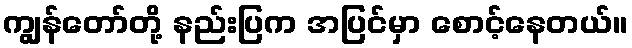
ကျွန်တော်တို့ နည်းပြက အပြင်မှာ စောင့်နေတယ်။